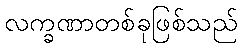
လက္ခဏာတစ်ခုဖြစ်သည်